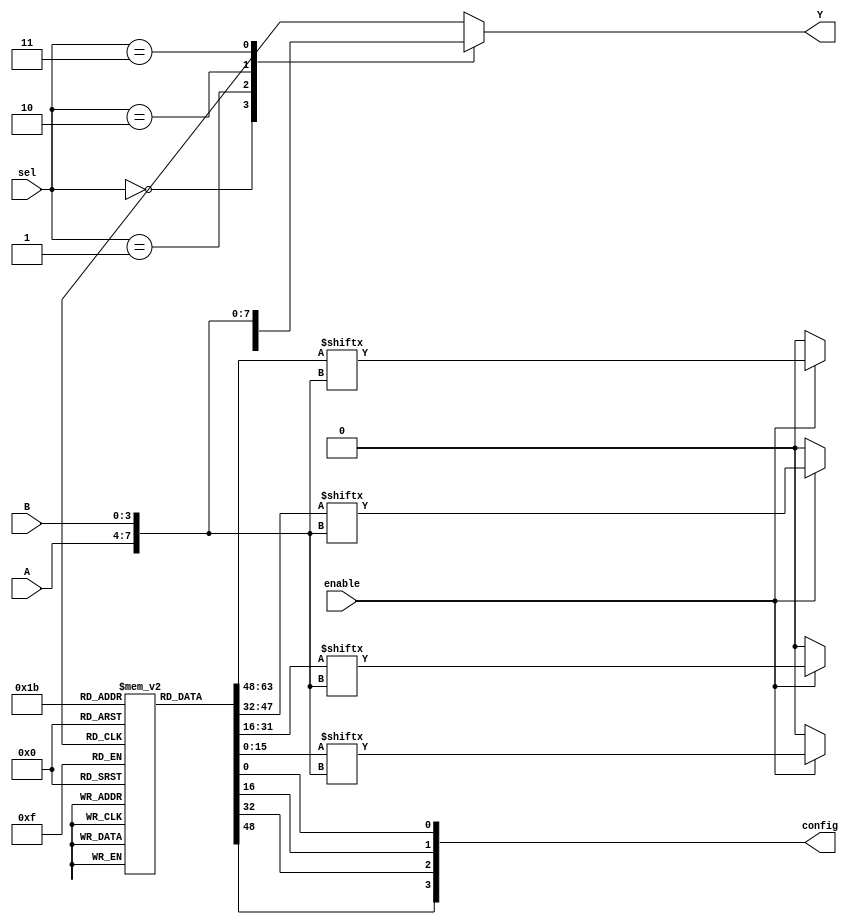
module combinational_logic_block (
    input wire [3:0] A,          // 4-bit input
    input wire [3:0] B,          // 4-bit input
    input wire [1:0] sel,        // Select signal for MUX
    input wire enable,           // Enable signal for logic cells
    output wire [3:0] Y,         // 4-bit output
    output wire [3:0] config     // Configuration output for debugging
);

// Configuration Registers (for LUTs)
reg [15:0] lut_config [3:0];   // 4 LUTs, each 16 bits for 4-input function
reg [3:0] lut_out;              // Output from the LUTs

// LUT Implementation
generate
    genvar i;
    for (i = 0; i < 4; i = i + 1) begin : lut_block
        always @(*) begin
            if (enable) begin
                // Implementing LUT functionality
                lut_out[i] = lut_config[i][{A, B}]; // Assuming A and B are concatenated for LUT addressing
            end else begin
                lut_out[i] = 1'b0; // If not enabled, output zero
            end
        end
    end
endgenerate

// MUX Implementation
reg [3:0] mux_out;
always @(*) begin
    case (sel)
        2'b00: mux_out = lut_out;        // Select LUT output
        2'b01: mux_out = 4'b1111;        // Example: Fixed value
        2'b10: mux_out = A;              // Pass-through A
        2'b11: mux_out = B;              // Pass-through B
        default: mux_out = 4'b0000;      // Default case
    endcase
end

// Output assignment
assign Y = mux_out;

// Configuration output for debugging
assign config = {lut_config[0][0], lut_config[1][0], lut_config[2][0], lut_config[3][0]};

// Initial configuration (for simulation purposes)
initial begin
    lut_config[0] = 16'b0000000000000001; // Example configuration for LUT 0
    lut_config[1] = 16'b0000000000000010; // Example configuration for LUT 1
    lut_config[2] = 16'b0000000000000100; // Example configuration for LUT 2
    lut_config[3] = 16'b0000000000001000; // Example configuration for LUT 3
end

endmodule